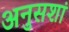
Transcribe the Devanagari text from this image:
अनुसशां